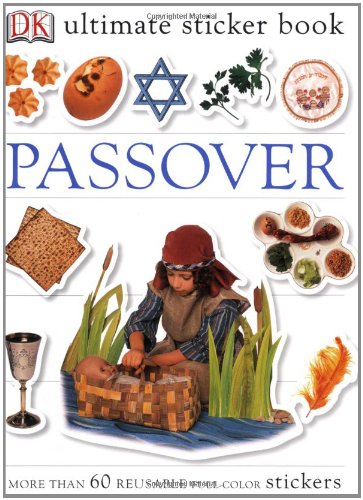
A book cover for Ultimate Sticker Book: Passover (Ultimate Sticker Books); DK Publishing; Children's Books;